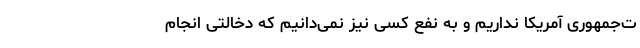
ت‌جمهوری آمریکا نداریم و به نفع کسی نیز نمی‌دانیم که دخالتی انجام